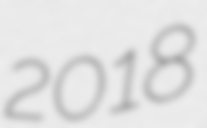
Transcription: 2018